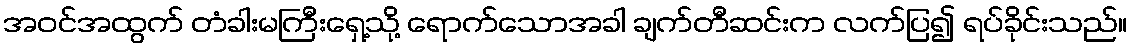
အဝင်အထွက် တံခါးမကြီးရှေ့သို့ ရောက်သောအခါ ချက်တီဆင်းက လက်ပြ၍ ရပ်ခိုင်းသည်။